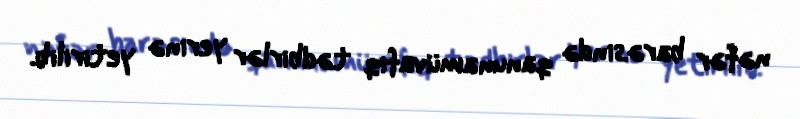
nəfər barəsində qanunamüvafiq tədbirlər yerinə yetirilib.